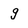
Character: g